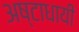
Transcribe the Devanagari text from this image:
अष्‍टाधायी